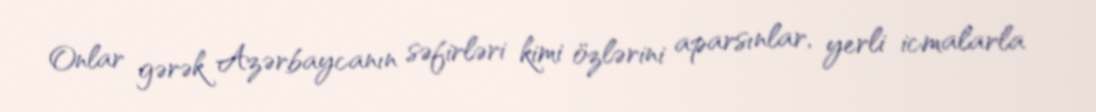
Onlar gərək Azərbaycanın səfirləri kimi özlərini aparsınlar, yerli icmalarla